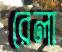
রেলা